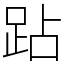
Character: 跕